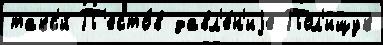
такс'и́ П'есто́в давл'е́н'иjе Пол'ищук